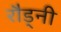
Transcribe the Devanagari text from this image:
रौड्नी